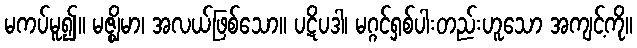
မကပ်မူ၍။ မဇ္ဈိမာ၊ အလယ်ဖြစ်သော။ ပဋိပဒါ၊ မဂ္ဂင်ရှစ်ပါးတည်းဟူသော အကျင့်ကို။